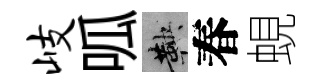
岐呱鞅春蜆